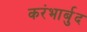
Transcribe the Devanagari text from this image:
करंभार्बुद